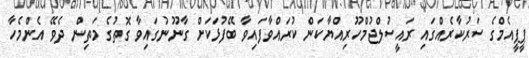
ޕީޕީއެމްގެ ސަރުކާރެއްގައި ރައީސުލްޖުމްހޫރިއްޔާކަން ކުރައްވާފައިވާ ބޭފުޅަކަށް ގާނޫނުގައިވާ ގޮތުގެ މަތިން ދެވޭ އެންމެހާ